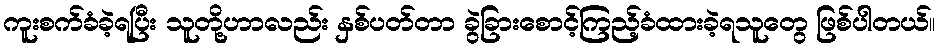
ကူးစက်ခံခဲ့ရပြီး သူတို့ဟာလည်း နှစ်ပတ်တာ ခွဲခြားစောင့်ကြည့်ခံထားခဲ့ရသူတွေ ဖြစ်ပါတယ်။